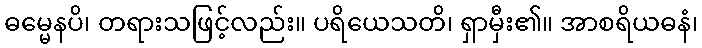
ဓမ္မေနပိ၊ တရားသဖြင့်လည်း။ ပရိယေသတိ၊ ရှာမှီး၏။ အာစရိယဓနံ၊